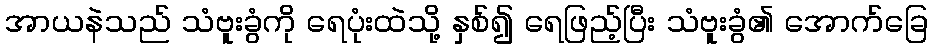
အာယနဲသည် သံဗူးခွံကို ရေပုံးထဲသို့ နှစ်၍ ရေဖြည့်ပြီး သံဗူးခွံ၏ အောက်ခြေ